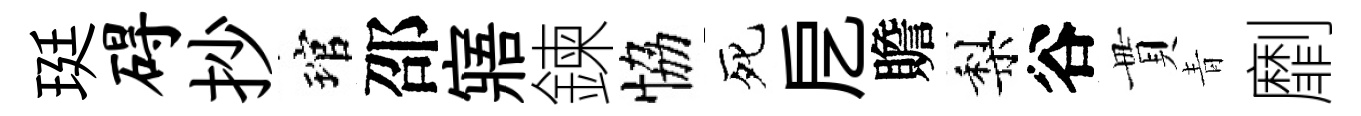
珽碍抄琯邵寤鍊恊死戹贍梨谷貫青劘